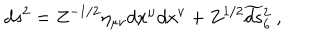
d s ^ { 2 } = Z ^ { - 1 / 2 } \eta _ { \mu \nu } d x ^ { \mu } d x ^ { \nu } + Z ^ { 1 / 2 } \widetilde { d s } { } _ { 6 } ^ { 2 } \ ,